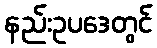
နည်းဥပဒေတွင်